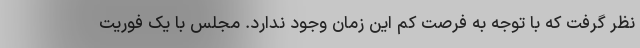
نظر گرفت که با توجه به فرصت کم این زمان وجود ندارد. مجلس با یک فوریت